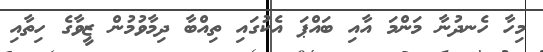
މިހާ ހެނދުނާ މަންމަ އާއި ބައްޕަ އެކުގައި ތިއްބާ ދިމާވުމުން ޒީވާގެ ހިތާއި